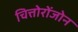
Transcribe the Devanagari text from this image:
चित्तोरोंजोन